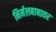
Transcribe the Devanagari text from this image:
निर्मलबाबावर